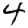
Digit: 4